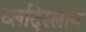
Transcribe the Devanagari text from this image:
व्लदिस्लाव